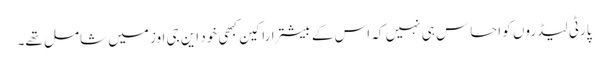
پارٹی لیڈروں کو احساس ہی نہیں کہ اس کے بیشتر اراکین کبھی خود این جی اوز میں شامل تھے۔